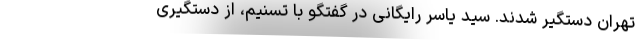
تهران دستگیر شدند. سید یاسر رایگانی در گفتگو با تسنیم، از دستگیری